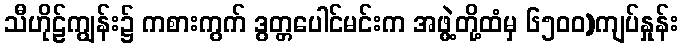
သီဟိုဠ်ကျွန်း၌ ကစားကွက် ဒွတ္တပေါင်မင်းက အဖွဲ့တို့ထံမှ ၆၅၀၀)ကျပ်နှုန်း